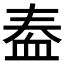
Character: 𫋫